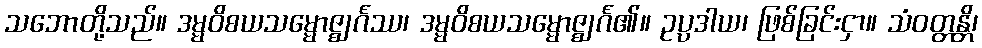
သဘောတို့သည်။ ဒမ္မဝိစယသမ္မောဇ္ဈင်္ဂဿ၊ ဒမ္မဝိစယသမ္မောဇ္ဈင်္ဂ၏။ ဥပ္ပဒါယ၊ ဖြစ်ခြင်းငှာ။ သံဝတ္တန္တိ၊